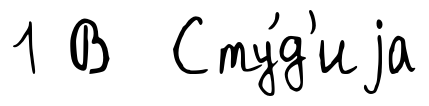
1 В Сту́д'иjа